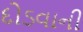
દોડવાની